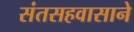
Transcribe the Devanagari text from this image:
संतसहवासाने